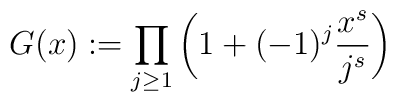
G(x) := \prod_{j\ge 1}\bigg(1+(-1)^j \frac{x^s}{j^s}\bigg)